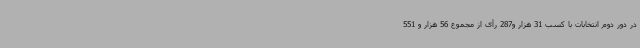
در دور دوم انتخابات با کسب 31 هزار و287 رأی از مجموع 56 هزار و 551